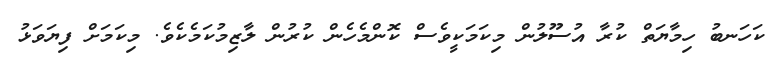
ކަހަނބު ހިމާޔަތް ކުރާ އުސޫލުން މިކަމަކީވެސް ކޮންމެހެން ކުރުން ލާޒިމުކަމެކެވެ. މިކަމަށް ފިޔަވަޅު